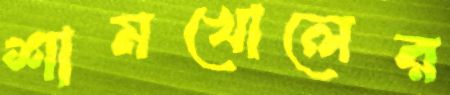
শামখোলের